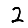
Digit: 2